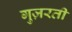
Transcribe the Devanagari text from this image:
गुज़रतीं